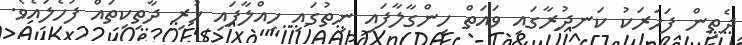
ދެތިން ފަހަރަކު ކަނދުރާގައި ވައަތް ހިންގާލާފައި ނިތުގައި ހިއްލާފައި ހުރި ދާތިކިތައް ފުހެލައެވެ.